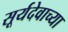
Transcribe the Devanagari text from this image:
सूर्यदेवाच्या